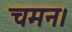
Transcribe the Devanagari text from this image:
चमन।